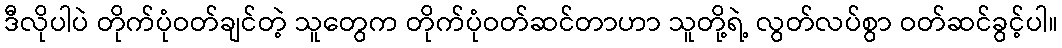
ဒီလိုပါပဲ တိုက်ပုံဝတ်ချင်တဲ့ သူတွေက တိုက်ပုံဝတ်ဆင်တာဟာ သူတို့ရဲ့ လွတ်လပ်စွာ ဝတ်ဆင်ခွင့်ပါ။